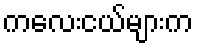
ကလေးငယ်များက